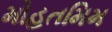
મોહતમિમ